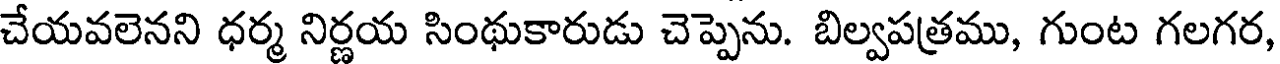
చేయవలెనని ధర్మ నిర్ణయ సింథుకారుడు చెప్పెను. బిల్వపత్రము, గుంట గలగర,